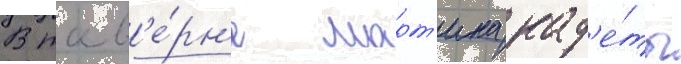
В тав'е́рн'е март'ина кад'е́ты